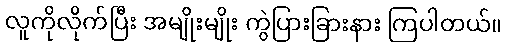
လူကိုလိုက်ပြီး အမျိုးမျိုး ကွဲပြားခြားနား ကြပါတယ်။